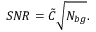
S N R = \Tilde { C } \sqrt { N _ { b g } } .